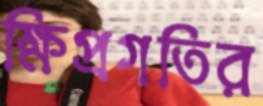
ক্ষিপ্রগতির